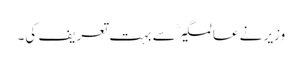
وزیر نے عالمگیرؒ سے بہت تعریف کی۔